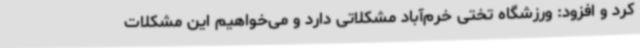
کرد و افزود: ورزشگاه تختی خرم‌آباد مشکلاتی دارد و می‌خواهیم این مشکلات